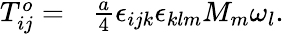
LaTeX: \begin{array}{rl}{T_{ij}^{o}=}&{{}\frac{a}{4}\epsilon_{ijk}\epsilon_{klm}M_{m}\omega_{l}.}\end{array}